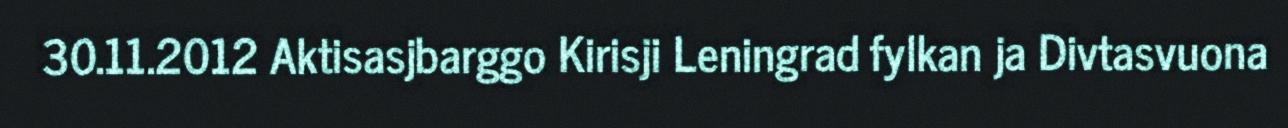
30.11.2012 Aktisasjbarggo Kirisji Leningrad fylkan ja Divtasvuona